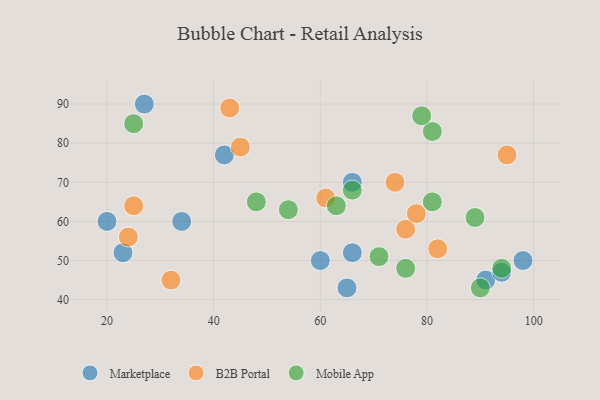
{"axis": {"x": "GDP", "y": "Life Expectancy"}, "legend": ["B2B Portal", "Marketplace", "Mobile App"], "data": [{"x": "34", "y": 60, "type": "Marketplace"}, {"x": "98", "y": 50, "type": "Marketplace"}, {"x": "42", "y": 77, "type": "Marketplace"}, {"x": "27", "y": 90, "type": "Marketplace"}, {"x": "91", "y": 45, "type": "Marketplace"}, {"x": "66", "y": 52, "type": "Marketplace"}, {"x": "65", "y": 43, "type": "Marketplace"}, {"x": "66", "y": 70, "type": "Marketplace"}, {"x": "20", "y": 60, "type": "Marketplace"}, {"x": "60", "y": 50, "type": "Marketplace"}, {"x": "94", "y": 47, "type": "Marketplace"}, {"x": "23", "y": 52, "type": "Marketplace"}, {"x": "24", "y": 56, "type": "B2B Portal"}, {"x": "45", "y": 79, "type": "B2B Portal"}, {"x": "76", "y": 58, "type": "B2B Portal"}, {"x": "95", "y": 77, "type": "B2B Portal"}, {"x": "25", "y": 64, "type": "B2B Portal"}, {"x": "74", "y": 70, "type": "B2B Portal"}, {"x": "82", "y": 53, "type": "B2B Portal"}, {"x": "78", "y": 62, "type": "B2B Portal"}, {"x": "43", "y": 89, "type": "B2B Portal"}, {"x": "61", "y": 66, "type": "B2B Portal"}, {"x": "32", "y": 45, "type": "B2B Portal"}, {"x": "71", "y": 51, "type": "Mobile App"}, {"x": "54", "y": 63, "type": "Mobile App"}, {"x": "81", "y": 83, "type": "Mobile App"}, {"x": "66", "y": 68, "type": "Mobile App"}, {"x": "89", "y": 61, "type": "Mobile App"}, {"x": "94", "y": 48, "type": "Mobile App"}, {"x": "76", "y": 48, "type": "Mobile App"}, {"x": "25", "y": 85, "type": "Mobile App"}, {"x": "90", "y": 43, "type": "Mobile App"}, {"x": "48", "y": 65, "type": "Mobile App"}, {"x": "81", "y": 65, "type": "Mobile App"}, {"x": "63", "y": 64, "type": "Mobile App"}, {"x": "79", "y": 87, "type": "Mobile App"}]}